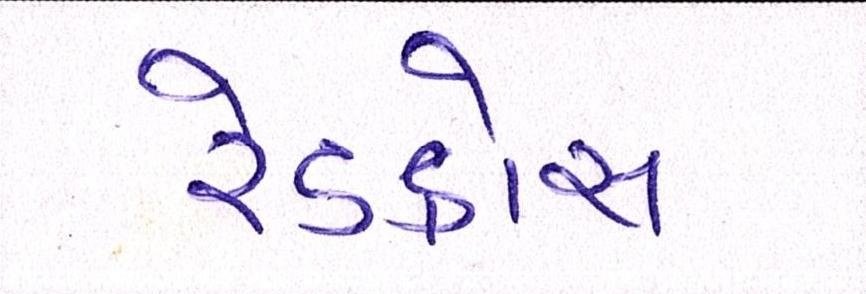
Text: રેડક્રોસ